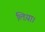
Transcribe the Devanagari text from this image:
लिय़ा।